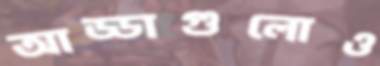
আড্ডাগুলোও